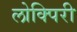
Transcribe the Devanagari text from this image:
लोक्पिरी